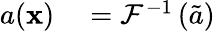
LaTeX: \begin{array}{rl}{a(\mathbf{x})}&{{}=\mathcal{F}^{-1}\left(\tilde{a}\right)}\end{array}